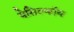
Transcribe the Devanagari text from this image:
येसिल्कॉय